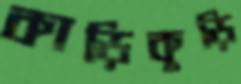
কাড়িকুড়ি